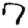
Digit: 7